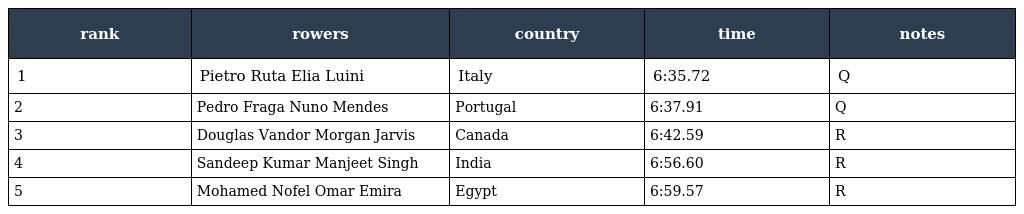
| rank | rowers | country | time | notes |
 | --- | --- | --- | --- | --- |
 | 1 | Pietro Ruta Elia Luini | Italy | 6:35.72 | Q |
 | 2 | Pedro Fraga Nuno Mendes | Portugal | 6:37.91 | Q |
 | 3 | Douglas Vandor Morgan Jarvis | Canada | 6:42.59 | R |
 | 4 | Sandeep Kumar Manjeet Singh | India | 6:56.60 | R |
 | 5 | Mohamed Nofel Omar Emira | Egypt | 6:59.57 | R |